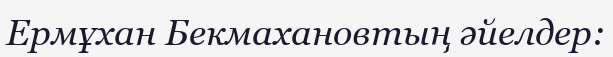
Ермұхан Бекмахановтың әйелдер: